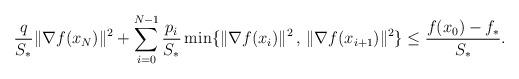
LaTeX: \begin{align*} \frac{q}{S_*} \|\nabla f(x_N)\|^2 + \sum_{i=0}^{N-1} \frac{p_i}{S_*}\min\{\|\nabla f(x_i)\|^2 \,,\, \|\nabla f(x_{i+1})\|^2\} {}\leq {} \frac{f(x_0)-f_*}{S_*}.\end{align*}